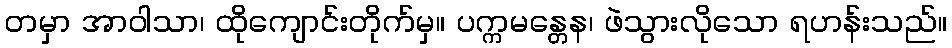
တမှာ အာဝါသာ၊ ထိုကျောင်းတိုက်မှ။ ပက္ကမန္တေန၊ ဖဲသွားလိုသော ရဟန်းသည်။